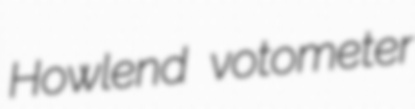
Howlend votometer